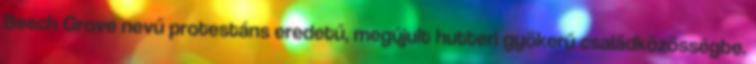
Beech Grove nevű protestáns eredetű, megújult hutteri gyökerű családközösségbe.